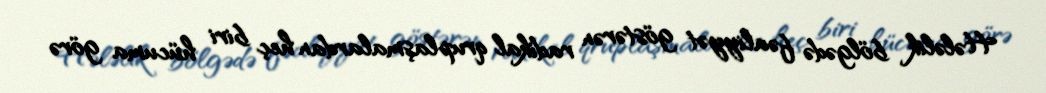
Hələlik bölgədə fəaliyyət göstərən radikal qruplaşmalardan heç biri hücuma görə